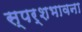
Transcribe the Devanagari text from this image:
स्पर्शभावना